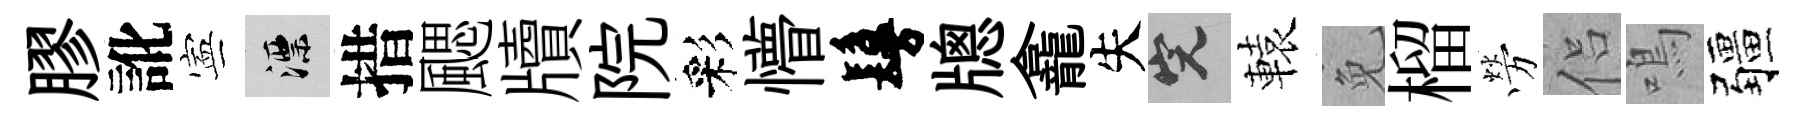
膠訛寕漂措颸牘院彩懵鬘牕龕失完轅免榴勞侣鳴疆